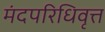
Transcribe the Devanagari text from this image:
मंदपरिधिवृत्त